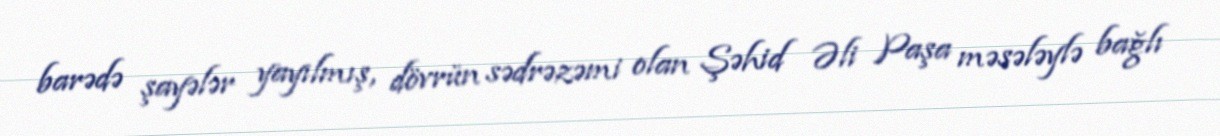
barədə şayələr yayılmış, dövrün sədrəzəmi olan Şəhid Əli Paşa məsələylə bağlı